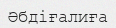
Әбдіғалиға